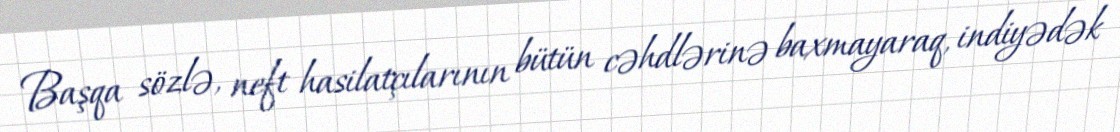
Başqa sözlə, neft hasilatçılarının bütün cəhdlərinə baxmayaraq, indiyədək